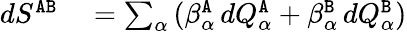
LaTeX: \begin{array}{rl}{dS^{{\tt A}{\tt B}}}&{{}=\sum_{\alpha}\left(\beta_{\alpha}^{{\tt A}}\, d{Q}_{\alpha}^{{\tt A}}+\beta_{\alpha}^{{\tt B}}\, d{Q}_{\alpha}^{{\tt B}}\right)}\end{array}